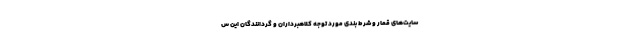
سایت‌های قمار و شرط بندی مورد توجه کلاهبرداران و گردانندگان این س